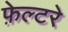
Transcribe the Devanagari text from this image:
फ़ेल्टरे